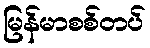
မြန်မာစစ်တပ်